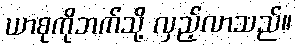
ယာစုကိုဘက်သို့ လှည့်လာသည်။